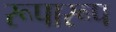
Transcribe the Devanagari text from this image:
रूपारूप